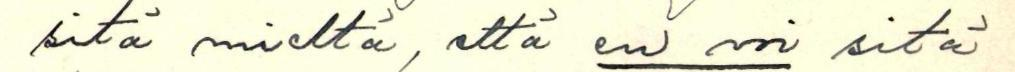
sitä mieltä, että en voi sitä